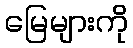
မြေများကို